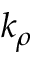
k _ { \rho }